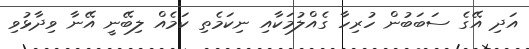
އަދި އޭގެ ސަބަބުން ހުރިހާ ގެއްލުމަކާއި ނިކަމެތި ކަމެއް ލިބޭނީ އޭނާ ވިދާޅުވި